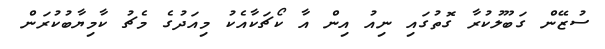
ސުޒޭން ގަބޫލުކުރާ ގޮތުގައި ނިއު އިން އާ ކޯޗަކާއެކު މިއަދުގެ މެޗު ކާމިޔާބުކުރަން